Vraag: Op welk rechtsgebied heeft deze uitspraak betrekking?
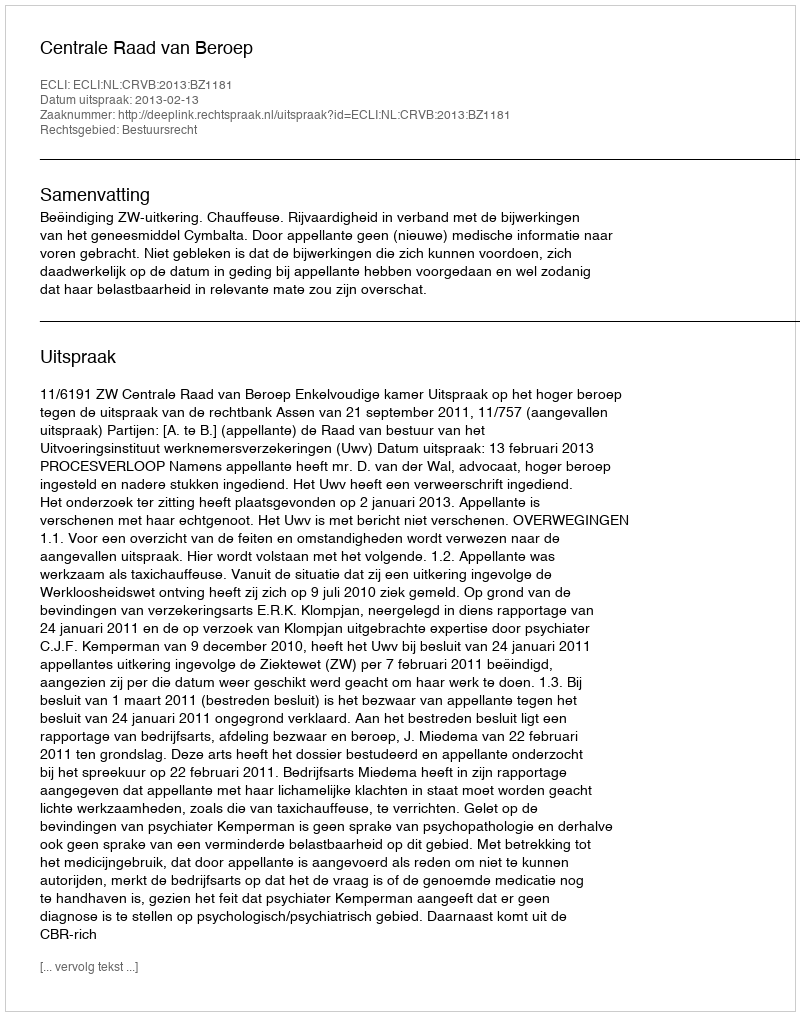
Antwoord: Bestuursrecht